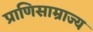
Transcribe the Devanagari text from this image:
प्राणिसाम्राज्य